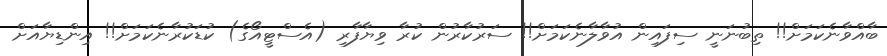
ބާއްވާނެކަމަށް!! ތިބުނަނީ ސިފައިން އުވާލާނެކަމަށް!! ސަރުކާރުން ކުރާ ވިޔާފާރި (އެސްޓީއޯގެ) ކުޑަކުރާނެކަމަށް!! އިންޑިޔާއަށް